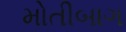
મોતીબાગ